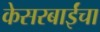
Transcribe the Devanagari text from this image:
केसरबाईंचा